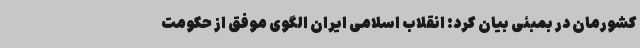
کشورمان در بمبئی بیان کرد: انقلاب اسلامی ایران الگوی موفق از حکومت